Insane asylums in Bengal annual reports 1867-1875 - 1867-1875
Year: 1867
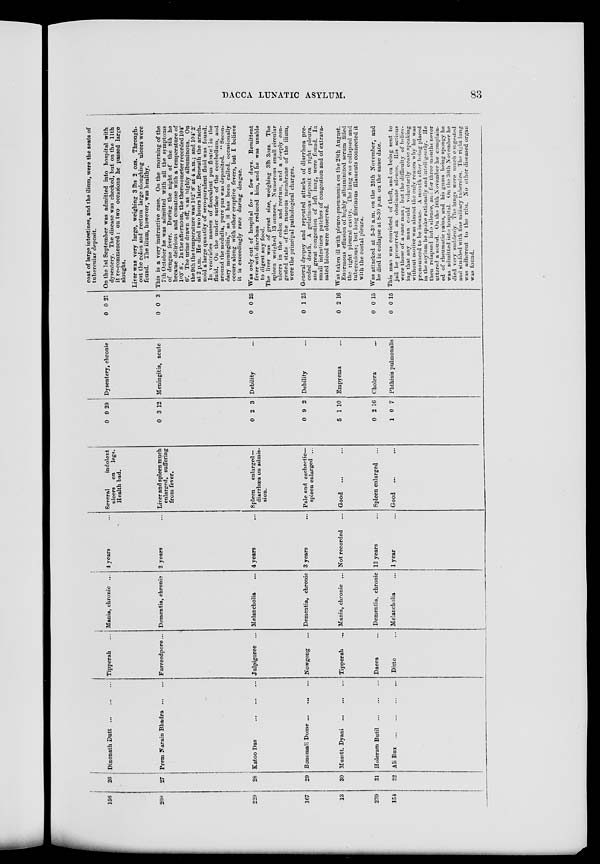
DACCA LUNATIC ASYLUM.
83
156
208
229
167
13
239
154
26
27
28
29
30
31
32
Dinonath Dutt
...
...
...
Prem Narain Bhadra
...
...
Katoo Das
...
...
...
Bonomali Dome ... ... ...
Musstt. Dyani
...
...
...
Holeram Butil
...
...
...
Ali Bux ... ... ... ... ...
Tipperah ...
Furreedpore...
Julpigoree ...
Nowgong ...
Tipperah ...
Dacca ...
Ditto ...
Mania, chronic ...
Dementia, chronic
Melancholia ...
Dementia, chronic
Mania, chronic ...
Dementia, chronic
Melancholia ...
4 years ...
2 years ...
4 years ...
3 years ...
Not recorded ...
12 years ...
1 year ...
Several
indolent
ulcers on
legs.
Health bad.
Liver and spleen much
enlarged, suffering
from fever.
Spleen
enlarged—
diarrhœa on admis-
sion.
Pale and cachectic—
spleen enlarged ...
Good
... ...
Spleen enlarged ...
Good
... ...
0
0
0
0
5
0
1
9
3
2
9
1
2
0
29
12
3
2
10
16
7
Dysentery, chronic
Meningitis, acute
Debility ...
Debility ...
Empyema ...
Cholera ...
Phthisis pulmonalis
0
0
0
0
0
0
0
0
0
0
1
2
0
0
21
3
25
25
16
15
15
coat of large intestines, and the ilium, were the seats of
tubercular deposit.
On the 1st September was admitted into hospital with
dysentery. The disease was checked, but on the 11th
it re-commenced: on two occasions he passed large
sloughs.
Liver was very large, weighing 3 lbs 2 ozs. Through-
out the colon and rectum large sloughing ulcers were
found. The ilium, however, was healthy.
This is a very instructive case. On the morning of the
7th October he was admitted with all the symptoms
of dengue fever. During the night of the 8th he
became delirious and comatose with a temperature of
103° 8'. In the afternoon, the thermometer recorded 104°
6'. The urine drawn off, was highly albuminous. On
the 9th the temperature was 102° 8' at 4 a.m.; and 104° 2'
at 2 p.m. He died two hours later. Beneath the arach-
noid a large quantity of sero-purulent fluid was found.
In ventricles masses of flocculent pus floate 1 in the
fluid.
On the under surface of the cerebellum, and
around the medulla, pure pus was deposited. " Secon-
dary meningitis," as it has been called, occasionally
occurs along with other eruptive fevers, but I believe
it is exceedingly rare during dengue.
Was only out of hospital for a few days. Remittent
fever with diarrhœa reduced him, and he was unable
to digest any food.
The liver was of great size, weighing 3lb 3ozs. The
spleen weighed 13 ounces. Numerous small circular
ulcers in the colon and rectum, and a deeply con-
gested state of the mucous membrane of the ilium,
were the principal pathological charges.
General dropsy and repeated attacks of diarrhœa pre-
ceded death. A gelatinous deposit on right pleura,
and great congestion of left lung, were found. In
small intestines patches of congestion and of extrava-
sated blood were observed.
Was taken ill with pleuro-pneumonia on the 28th August.
Enormous effusion of highly albuminized serum filled
the right pleural cavity. The lung was collapsed and
tuberculous; but long fibrinous filaments connected it
with the costal pleura.
Was attacked at 5-30 a.m. on the 25th November, and
he died in collapse at 8-30 p.m. on the same date.
This man was convicted of theft, and on being sent to
jail he preserved an obstinate silence. His actions
were those of a sane man ; but the diffculty of believ-
ing that any man could voluntarily cease speaking
without motive was almost the only reason why he was
pronounced to be insane. A month after being placed
in the asylum he spoke rationally and intelligently. He
then relapsed into silence, and for three months never
uttered a sound. On the 16th November he complain-
ed of rheumatic pains, and his gums being spongy he
was admitted into hospital. On the 30th November he
died very suddenly. The lungs were much congested
and studded with fine miliary tubercles. The right lung
was adherent to the ribs. No other diseased organ
was found.